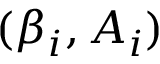
( \beta _ { i } , A _ { i } )